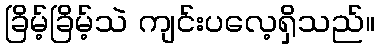
ခြိမ့်ခြိမ့်သဲ ကျင်းပလေ့ရှိသည်။